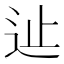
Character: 𨑭